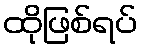
ထိုဖြစ်ရပ်